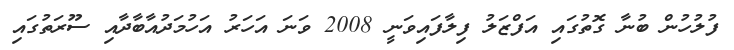
ފުލުހުން ބުނާ ގޮތުގައި އަފްޒަލު ފިލާފައިވަނީ 2008 ވަނަ އަހަރު އަހުމަދުއާބާދާއި ސޫރަތުގައި